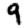
Digit: 9